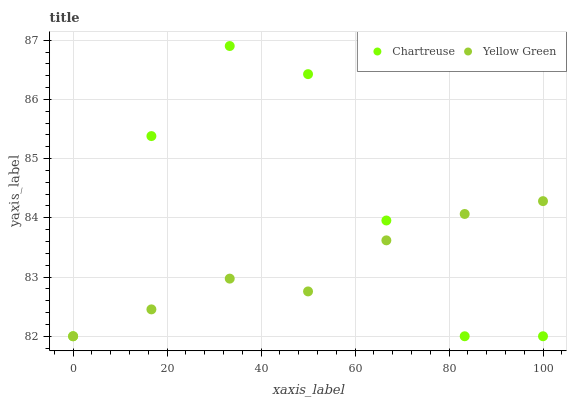
| xaxis_label | Chartreuse | Yellow Green |
 | --- | --- | --- |
 | 0 | 82 | 82 |
 | 16.7 | 85.4 | 82.5 |
 | 33.3 | 86.9 | 83 |
 | 50 | 86.4 | 82.8 |
 | 66.7 | 84 | 83.6 |
 | 83.3 | 82 | 84.1 |
 | 100 | 82 | 84.3 |